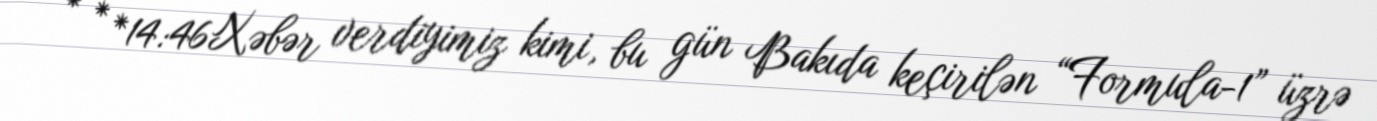
* * *14:46Xəbər verdiyimiz kimi, bu gün Bakıda keçirilən “Formula-1” üzrə